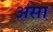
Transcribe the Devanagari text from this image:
अंसा